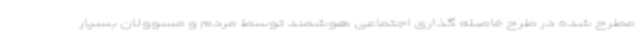
مطرح شده در طرح فاصله گذاری اجتماعی هوشمند توسط مردم و مسوولان بسیار